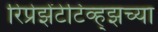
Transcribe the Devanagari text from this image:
रिप्रेझेंटेटिव्ह्झच्या